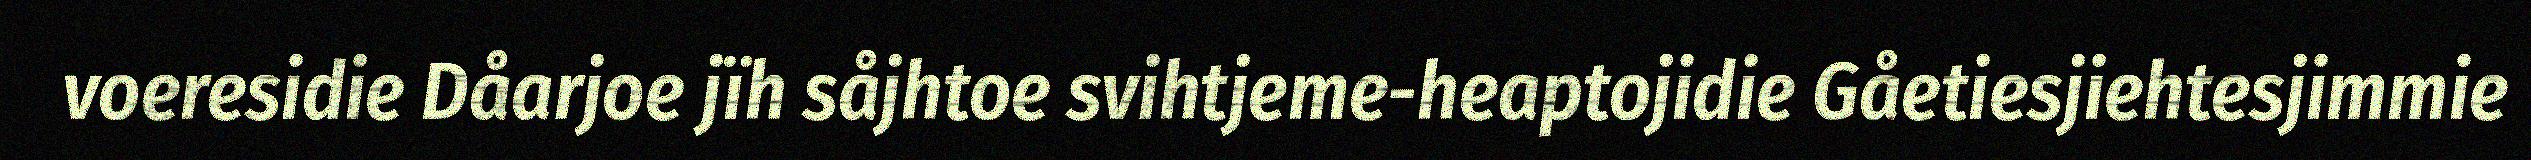
voeresidie Dåarjoe jïh såjhtoe svihtjeme-heaptojidie Gåetiesjiehtesjimmie